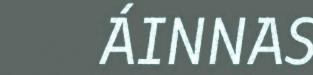
ÁINNAS